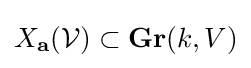
X_{\mathbf {a} }({\mathcal {V}})\subset \mathbf {Gr} (k,V)